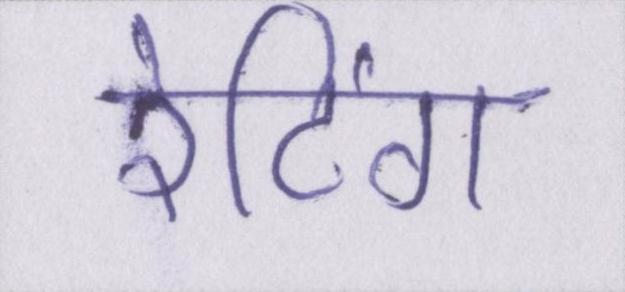
रेटिंग